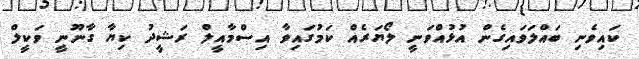
ކައިވެނި ބައްލަވައިގެން އުޅުއްވަނީ ލޯޔަރެއް ކަމުގައިވާ އިސްމާއީލް ރަޝީދު ކިޔާ ގާނޫނީ ވަކީލް